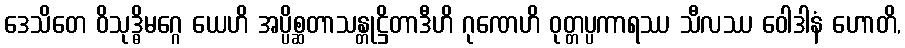
ဒေသိတေ ဝိသုဒ္ဓိမဂ္ဂေ ယေဟိ အပ္ပိစ္ဆတာသန္တုဋ္ဌိတာဒီဟိ ဂုဏေဟိ ဝုတ္တပ္ပကာရဿ သီလဿ ဝေါဒါနံ ဟောတိ,